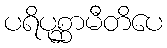
ပရိပုစ္ဆာမီတိပေ